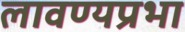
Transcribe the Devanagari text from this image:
लावण्यप्रभा